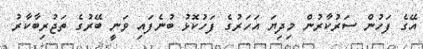
އޭގެ ފަހުން ސަރުކާރުން މިދިޔަ އަހަރުގެ ފަހުކޮޅު ބުނެފައި ވަނީ ބޭރުގެ ތަޖުރިބާކާރު